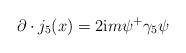
LaTeX: \begin{align*}\partial \cdot j_5(x)=2{\rm i}m\psi ^{+}\gamma _5\psi\end{align*}